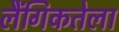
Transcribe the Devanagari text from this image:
लैंगिकतेला